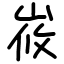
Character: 峳